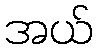
အယ်